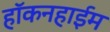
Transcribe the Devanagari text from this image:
हॉकनहाईम